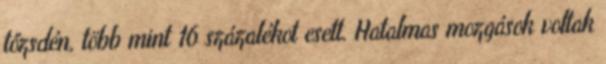
tőzsdén, több mint 16 százalékot esett. Hatalmas mozgások voltak